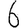
Digit: 6